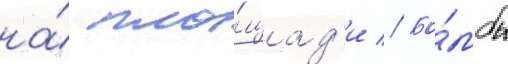
на́ пло́щад'и // Бо́мбы